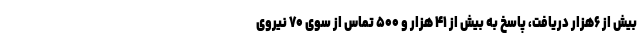
بیش از ۶هزار دریافت، پاسخ به بیش از ۴۱ هزار و ۵۰۰ تماس از سوی ۷۰ نیروی